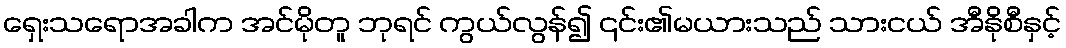
ရှေးသရောအခါက အင်မိုတူ ဘုရင် ကွယ်လွန်၍ ၎င်း၏မယားသည် သားငယ် အီနိုစီနှင့်